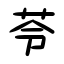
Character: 苓